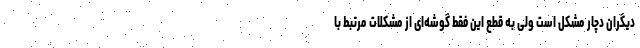
دیگران دچار مشکل است ولی به قطع این فقط گوشه‌ای از مشکلات مرتبط با